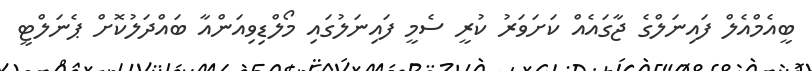
ބީއެމްއެލް ފައިނަލްގެ ޖާގައެއް ކަށަވަރު ކުރީ ސެމީ ފައިނަލުގައި މޯލްޑިވިއަންއާ ބައްދަލުކޮށް ޕެނަލްޓީ